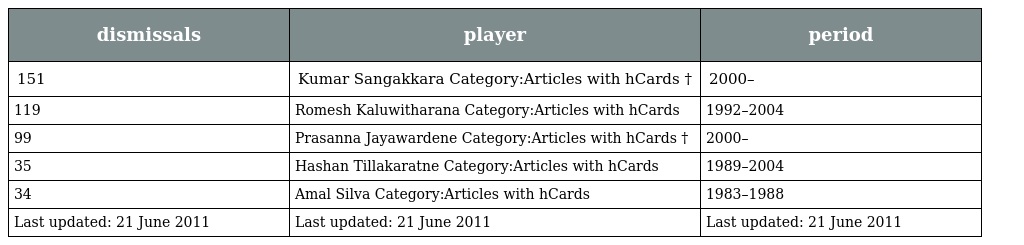
| dismissals | player | period |
 | --- | --- | --- |
 | 151 | Kumar Sangakkara Category:Articles with hCards † | 2000– |
 | 119 | Romesh Kaluwitharana Category:Articles with hCards | 1992–2004 |
 | 99 | Prasanna Jayawardene Category:Articles with hCards † | 2000– |
 | 35 | Hashan Tillakaratne Category:Articles with hCards | 1989–2004 |
 | 34 | Amal Silva Category:Articles with hCards | 1983–1988 |
 | Last updated: 21 June 2011 | Last updated: 21 June 2011 | Last updated: 21 June 2011 |